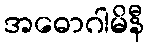
အဓောဂါမိနီ